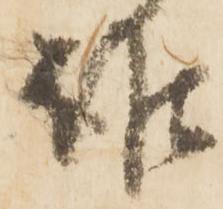
誰